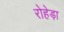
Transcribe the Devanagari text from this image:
रोहेड़ा